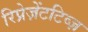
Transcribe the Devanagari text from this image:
रिप्रेज़ेंटटिव्ज़